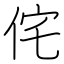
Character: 侘